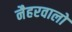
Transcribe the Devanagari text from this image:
नैहरवालों